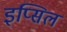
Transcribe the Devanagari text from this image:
इप्सिल